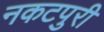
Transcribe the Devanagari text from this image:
नकटपुरी